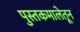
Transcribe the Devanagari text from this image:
पुस्तकमालेतून